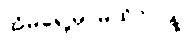
အိမ်ရှေ့မှာမထိုင်ပါနဲ့။